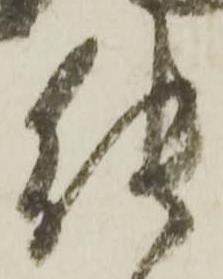
能